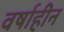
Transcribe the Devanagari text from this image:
वर्षाहीन